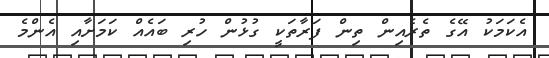
އެކަމަކު އޭގެ ތެރެއިން ތިން ފަރާތަކީ ގުޅުން ހުރި ބައެއް ކަމަށާއި އެންމެ